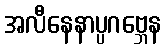
အလီနေနာပ္ပဂဗ္ဘေန